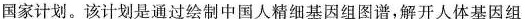
国家计划。该计划是通过绘制中国人精细基因组图谱，解开人体基因组